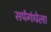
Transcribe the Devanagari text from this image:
सर्पगंधेला